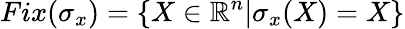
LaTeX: Fix(\sigma_{x})=\{ X\in\mathbb{R}^{n}|\sigma_{x}(X)=X\}